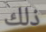
ذلك